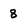
Character: 8